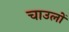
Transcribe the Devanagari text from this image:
चाउलों